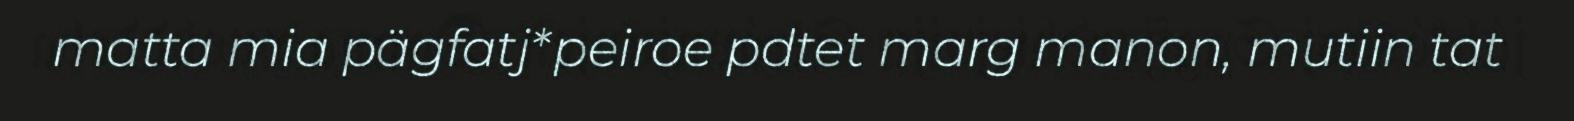
matta mia pägfatj*peiroe pdtet marg manon, mutiin tat